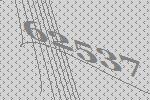
62537